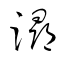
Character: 潯